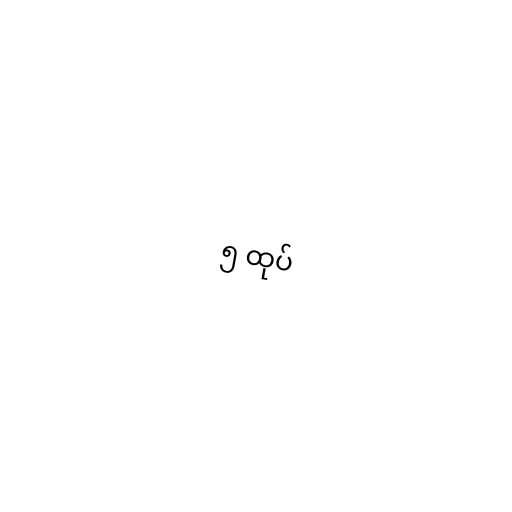
၅ ထုပ်